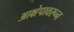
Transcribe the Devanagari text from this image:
आक्षेपावरून